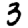
Digit: 3